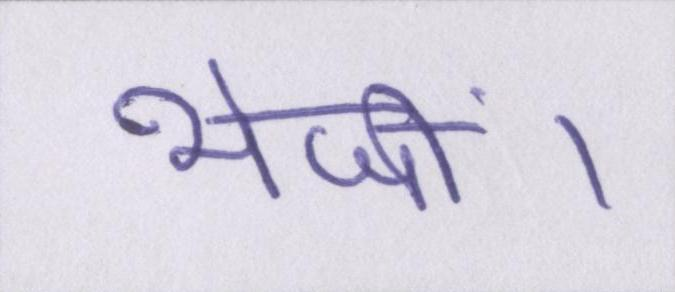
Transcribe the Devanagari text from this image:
भेजीं।